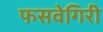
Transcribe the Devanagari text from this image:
फसवेगिरी